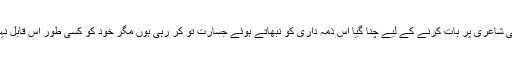
مجھے آپ کی شاعری پر بات کرنے کے لیے چنا گیا اس ذمہ داری کو نبھاتے ہوئے جسارت تو کر رہی ہوں مگر خود کو کسی طور اس قابل نہیں سمجھتی ۔